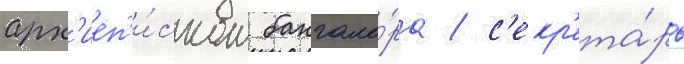
арх'иеп'и́скоп бангало́ра / с'екр'ета́рь